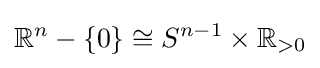
\mathbb {R} ^{n}-\{0\}\cong S^{n-1}\times \mathbb {R} _{>0}